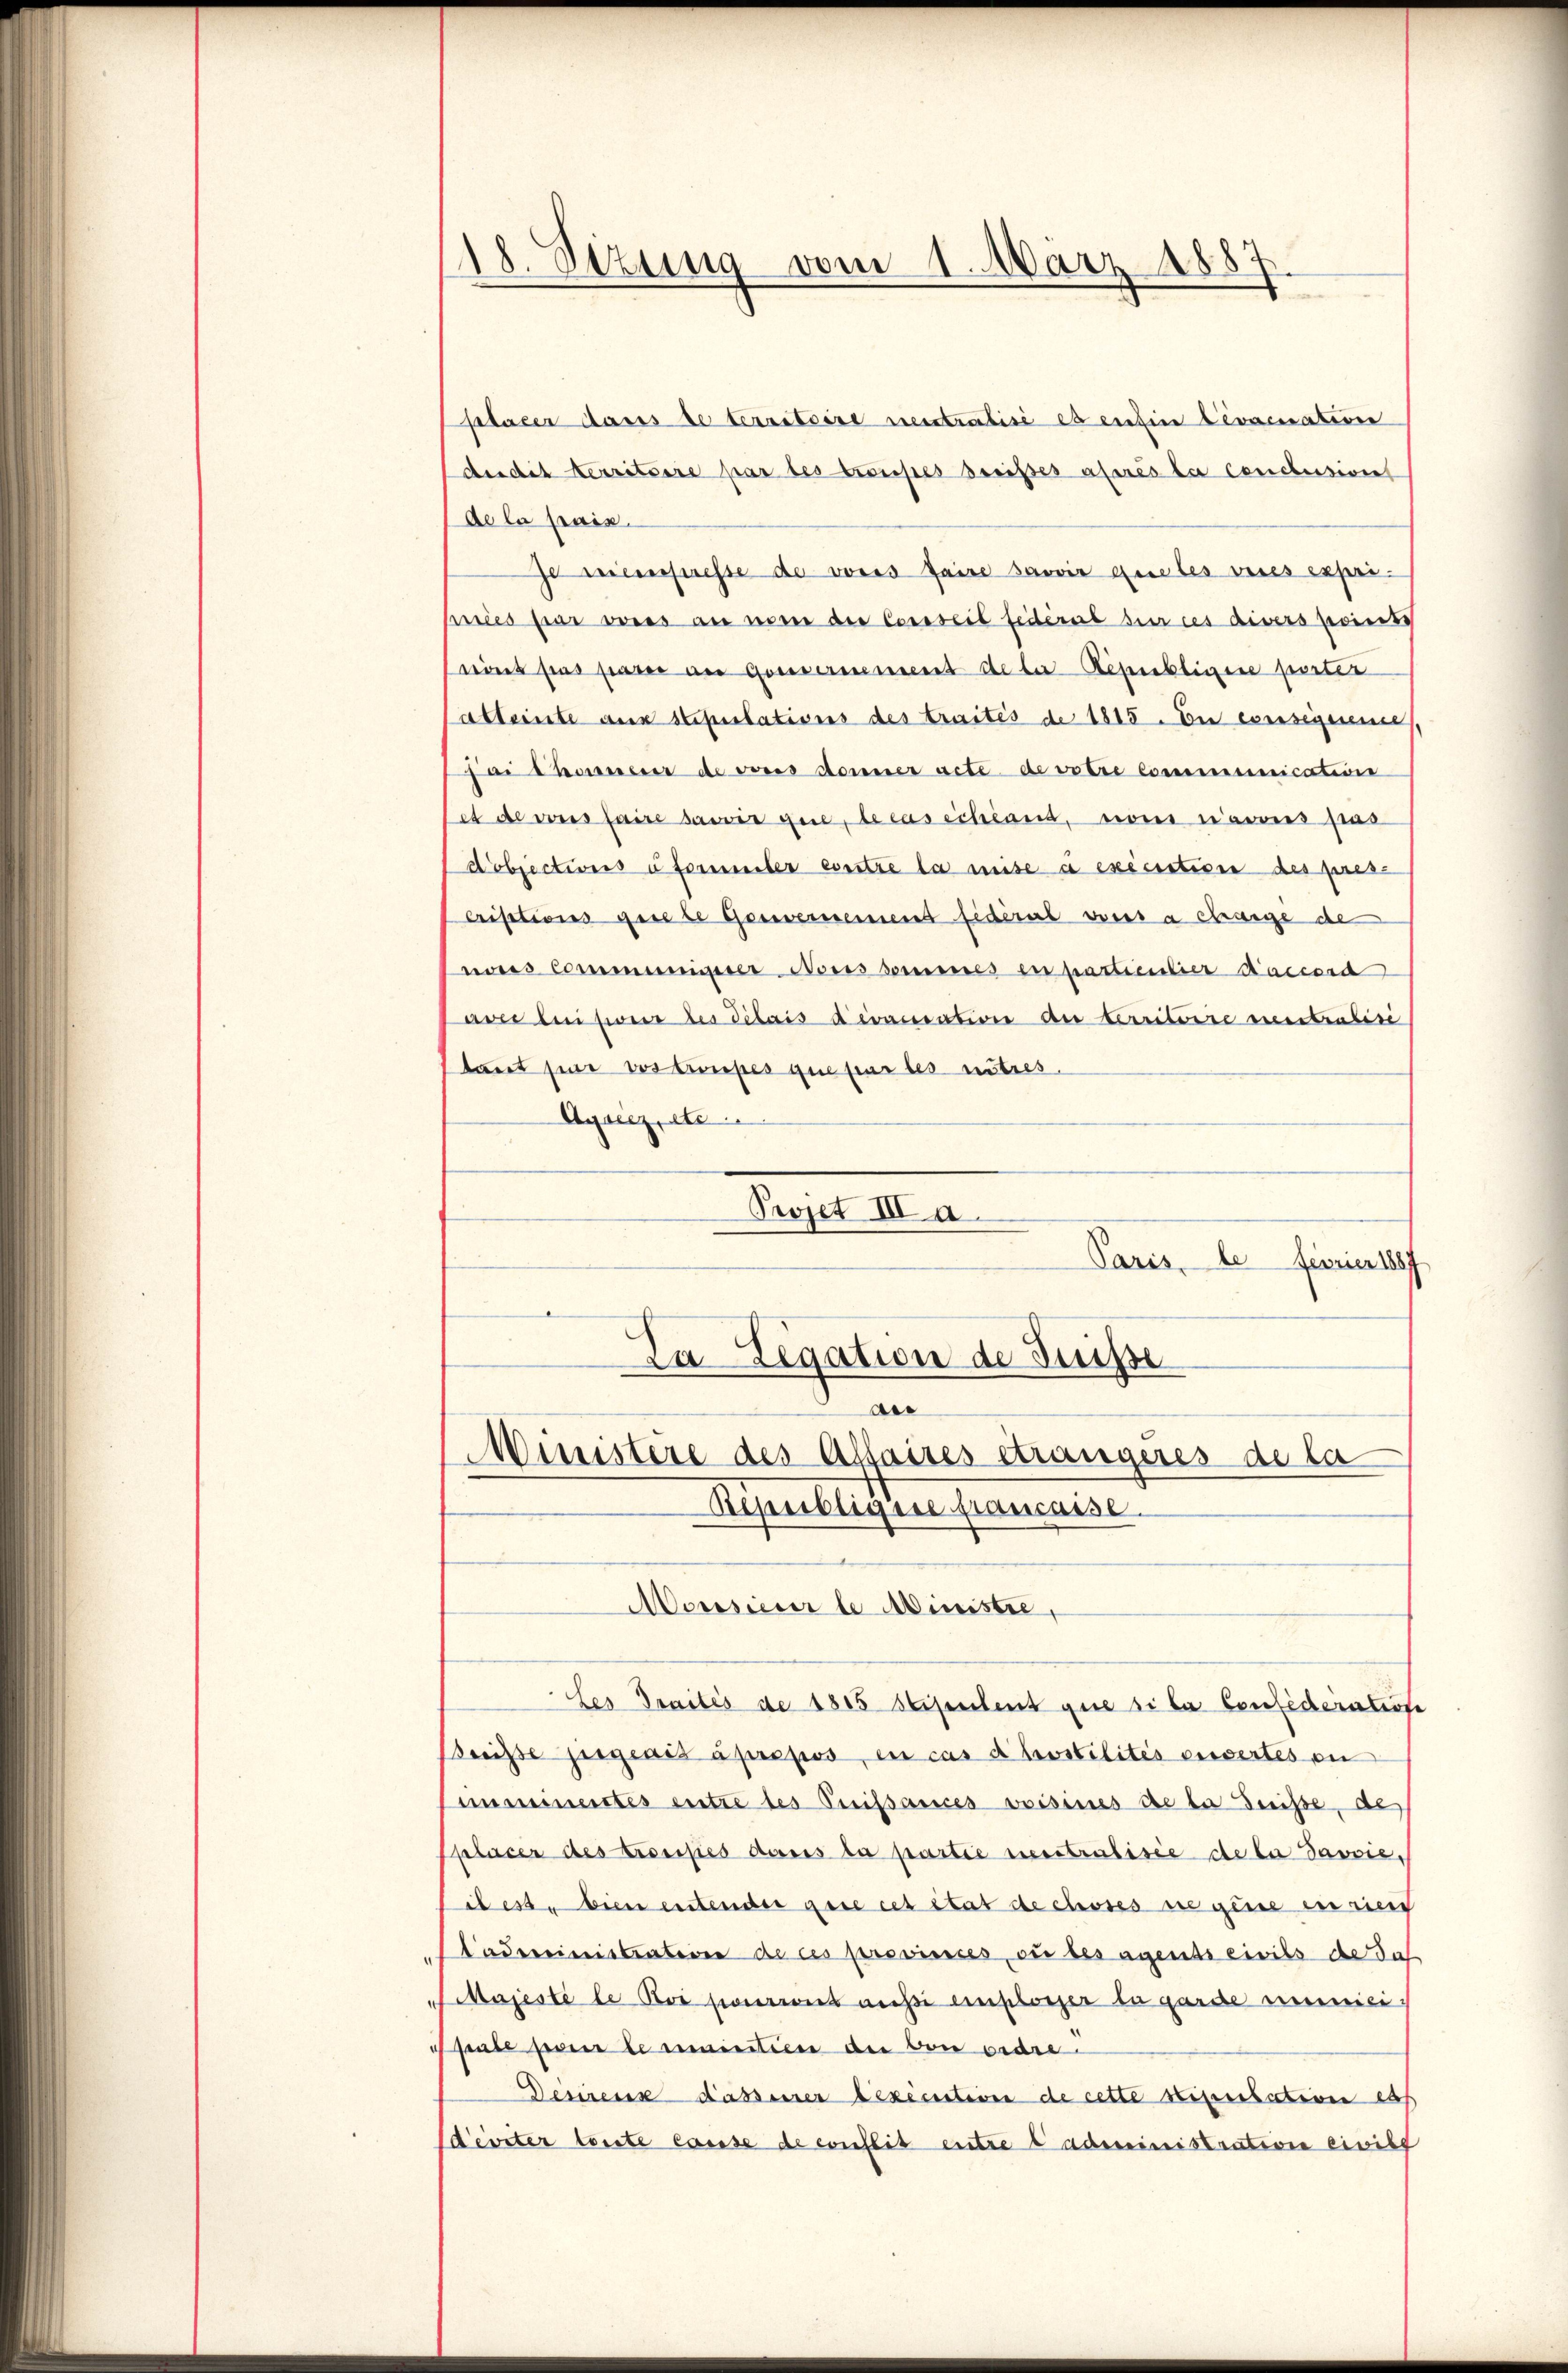
18. Sezung vom 1. März 1887
s

silacer dass de territoire neutralise es enfine Levacuation
Audit erritoire par les troupes dreises après la conclusion
de la paix.
Je meinpresse de vons faire savoir que les veres exprinices sie voies an worne der Conseil fédéral der ces divers points
nins pas parie an Gouvernement de der Republigene porter
alternte aux stipulations des traités de 1815. Die consequeme,
ai thommen de voies donner acte de votre communication
et de aus faire sawir que le cas schland, von avis pas
Pobjections à formler eintre la mise à exécution des pres-
criptions gesele Genvernement fidéral vorer a Strange de
os Communisirer Nous sommes en partientier Saccord
avre leisione des Dilais devantation du territorie verbralisi
tant sie vos troupes que par les nutres.
Ausiezete
Projet III. a.
Paris, le fierien 1887
Da Legation de Suisse

dr
Ministère des Affaires eträngeres de la
Bepeibligere fiancasse.

Morisieur le Ministre,
Les draités de 1815 Stipendent que si la Confideratione
Breisse zeigenes apropos, in cas dhostilités vnsertes en
Anminentes entre des Crissances voisines de la reise, de
Pplacer des trocipes dans la partie neutralisie de la Javvie,
iles bien entender gere cet état de choses nie gene iurier
ladereinistrater de ces provinces ou besagents civils de das
Majesté le Poi pourront aussi emporger la garde immici
Spute par le minitiere der von ordre
Desirens dassener bexécution de cette stipulation ess
deviter teilte cause de conflit entre e administrativen einist